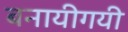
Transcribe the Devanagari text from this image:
बनायीगयी